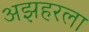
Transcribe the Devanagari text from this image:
अझहरला